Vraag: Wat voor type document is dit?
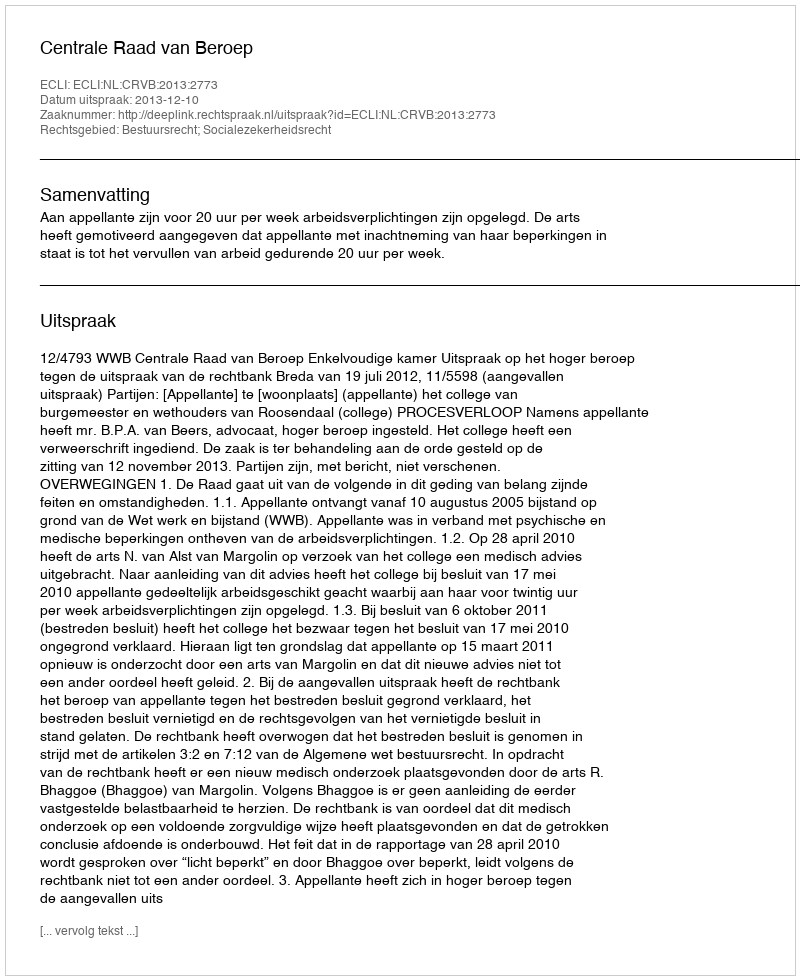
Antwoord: Uitspraak